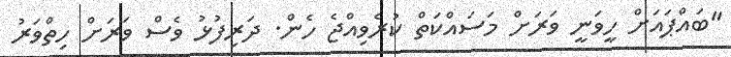
"ބައްޕައަށް ހީވަނީ ވަރަށް މަސައްްކަތް ކުރެވިއްޖެ ހެން. ދަރިފުޅު ވެސް ވަރަށް ހިތްވަރު